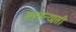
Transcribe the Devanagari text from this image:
सहसंन्यासी